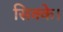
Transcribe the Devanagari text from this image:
सिक्के।